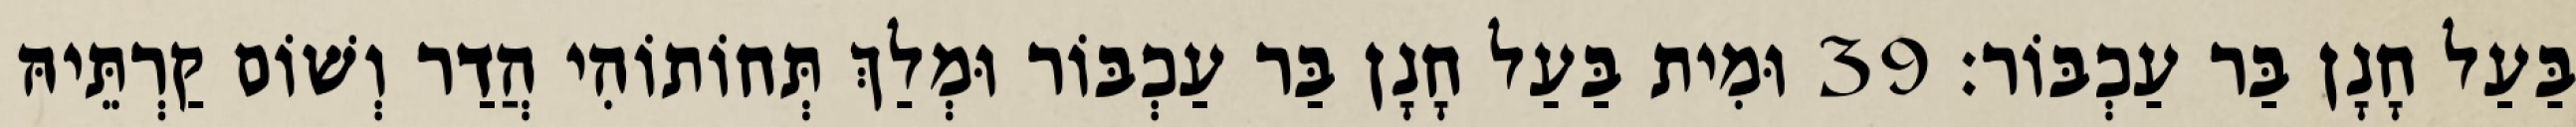
בַּעַל חָנָן בַּר עַכְבּוֹר׃ 39 וּמִית בַּעַל חָנָן בַּר עַכְבּוֹר וּמְלַךְ תְּחוֹתוֹהִי הֲדַר וְשׁוֹם קַרְתֵּיהּ